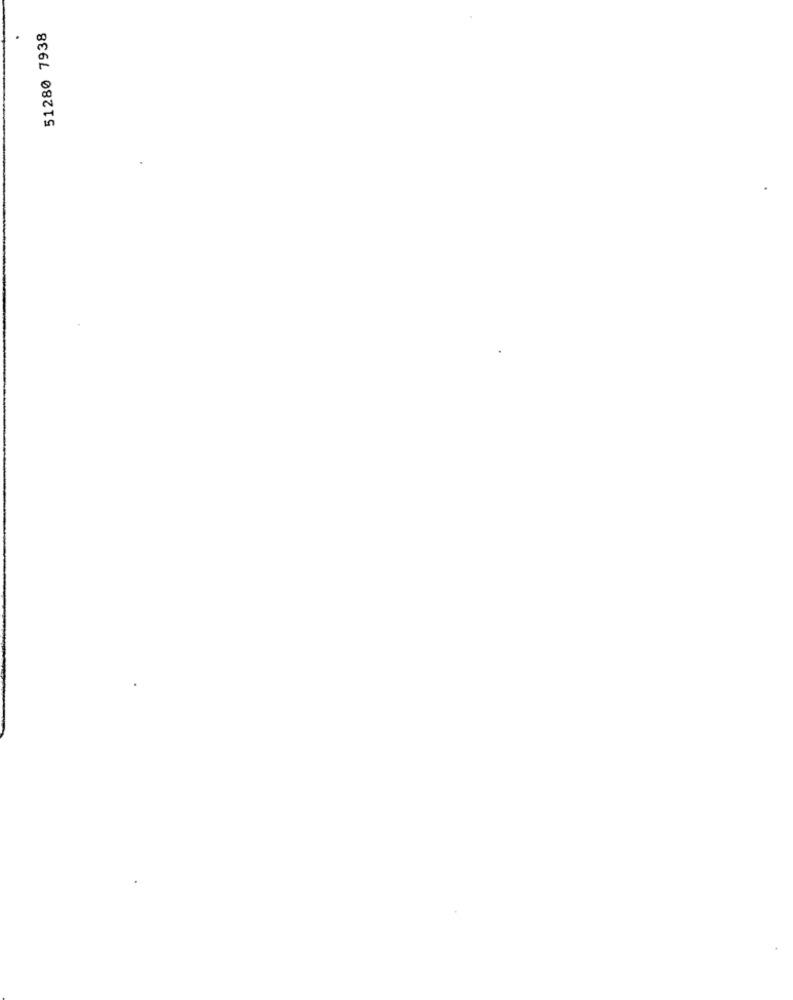
51280 7938